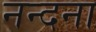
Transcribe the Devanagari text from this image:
नन्दना